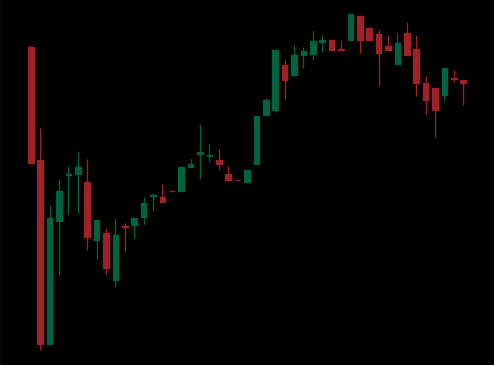
Pattern: bear_flag